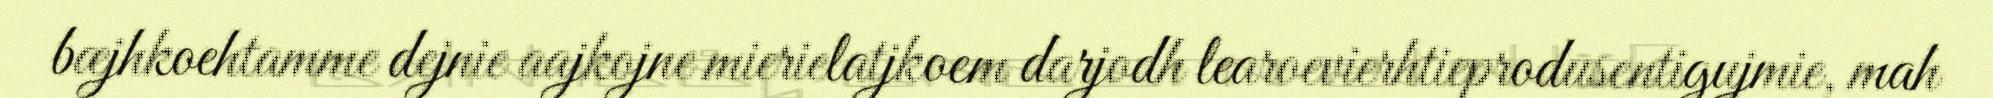
bæjhkoehtamme dejnie aajkojne mierielatjkoem darjodh learoevierhtieprodusentigujmie, mah